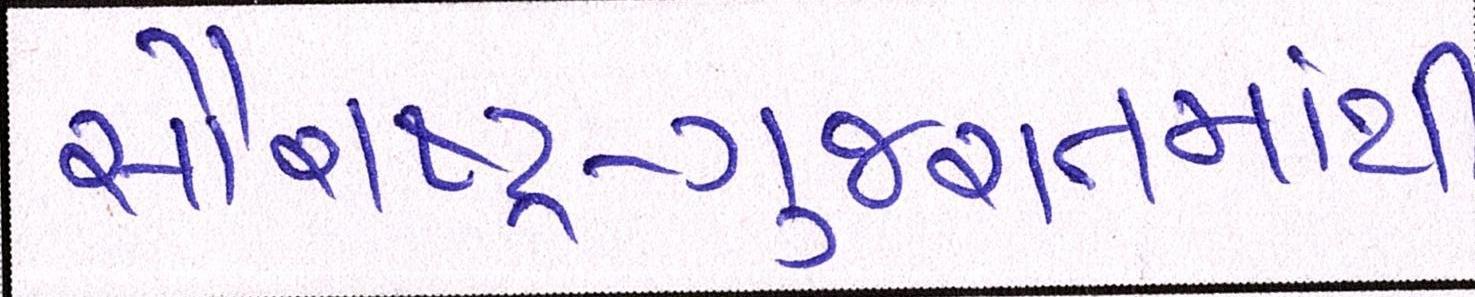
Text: સૌરાષ્ટ્ર-ગુજરાતમાંથી